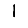
Digit: 1